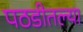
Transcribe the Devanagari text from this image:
पठडीतल्या